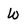
Character: w